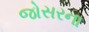
જોસરના